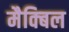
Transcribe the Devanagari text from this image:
मैक्बिल